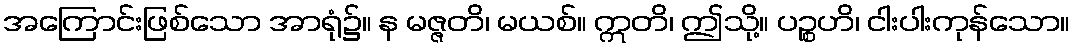
အကြောင်းဖြစ်သော အာရုံ၌။ န မဇ္ဇတိ၊ မယစ်။ ဣတိ၊ ဤသို့။ ပဉ္စဟိ၊ ငါးပါးကုန်သော။